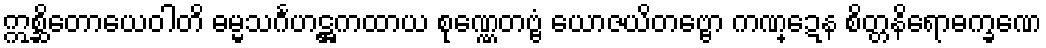
ဣစ္ဆိတောယေဝါတိ ဓမ္မသင်္ဂဟဋ္ဌကထာယ စုဏ္ဏေတဗ္ဗံ ယောဇယိတဗ္ဗော ကဏ္ဍေန စိတ္တနိရောဓက္ခဏေ